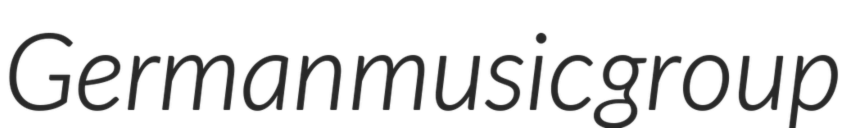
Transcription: German music group